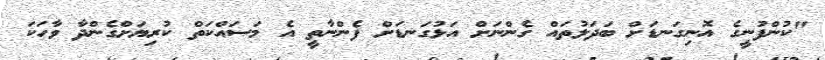
"ކުންފުނީގެ އޮނިގަނޑަށް ބަދަލުތައް ގެންނަށް އަޅުގަނޑަށް ފެންނާތީ އެ މަސައްކަތް ކުރިޔަށްގެންދާ ވާހަކަ